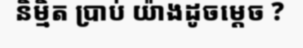
និម្មិត ប្រាប់ យ៉ាងដូចម្តេច ?